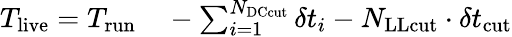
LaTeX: \begin{array}{rl}{T_{\mathrm{live}}=T_{\mathrm{run}}}&{{}-\sum_{i=1}^{N_{\mathrm{DCcut}}}\delta t_{i}-N_{\mathrm{LLcut}}\cdot\delta t_{\mathrm{cut}}}\end{array}